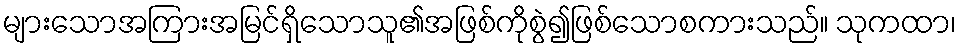
များသောအကြားအမြင်ရှိသောသူ၏အဖြစ်ကိုစွဲ၍ဖြစ်သောစကားသည်။ သုကထာ၊